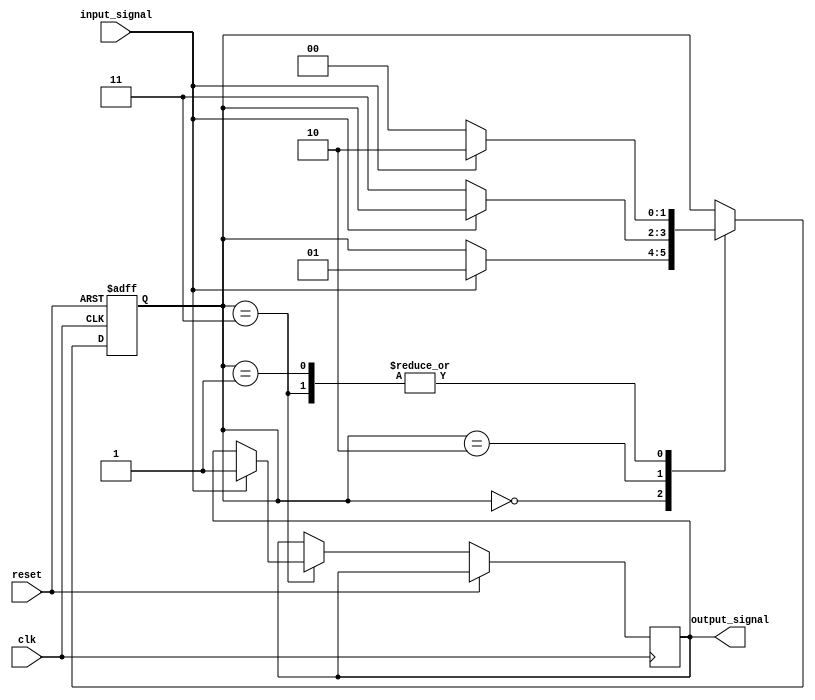
module debounce_circuit (
    input clk,
    input reset,
    input input_signal,
    output reg output_signal
);

reg [1:0] state;

always @ (posedge clk or posedge reset) begin
    if (reset) begin
        state <= 2'b00;
    end else begin
        case (state)
            2'b00: begin
                if (input_signal) begin
                    state <= 2'b01;
                end
            end
            2'b01: begin
                if (input_signal) begin
                    state <= 2'b10;
                end else begin
                    state <= 2'b00;
                end
            end
            2'b10: begin
                if (!input_signal) begin
                    state <= 2'b11;
                end
            end
            2'b11: begin
                if (!input_signal) begin
                    state <= 2'b00;
                end else begin
                    output_signal <= 1;
                    state <= 2'b10;
                end
            end
            default: state <= 2'b00;
        endcase
    end
end

endmodule